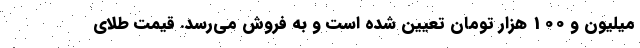
میلیون و 100 هزار تومان تعیین شده است و به فروش می‌رسد. قیمت طلای